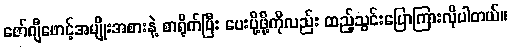
ဇော်ဂျီဖောင့်အမျိုးအစားနဲ့ စာရိုက်ပြီး ပေးပို့ဖို့ကိုလည်း ထည့်သွင်းပြောကြားလိုပါတယ်။